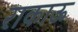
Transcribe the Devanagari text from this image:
राकाऊ